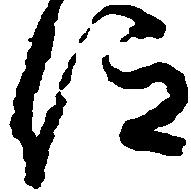
仰